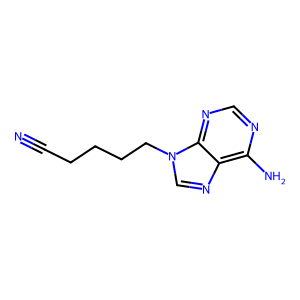
SMILES: N#CCCCCn1cnc2c(N)ncnc21
Inhibits HIV replication: No